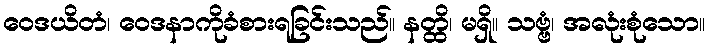
ဝေဒယိတံ၊ ဝေဒနာကိုခံစားရခြင်းသည်။ နတ္ထိ၊ မရှိ။ သဗ္ဗံ၊ အလုံးစုံသော။